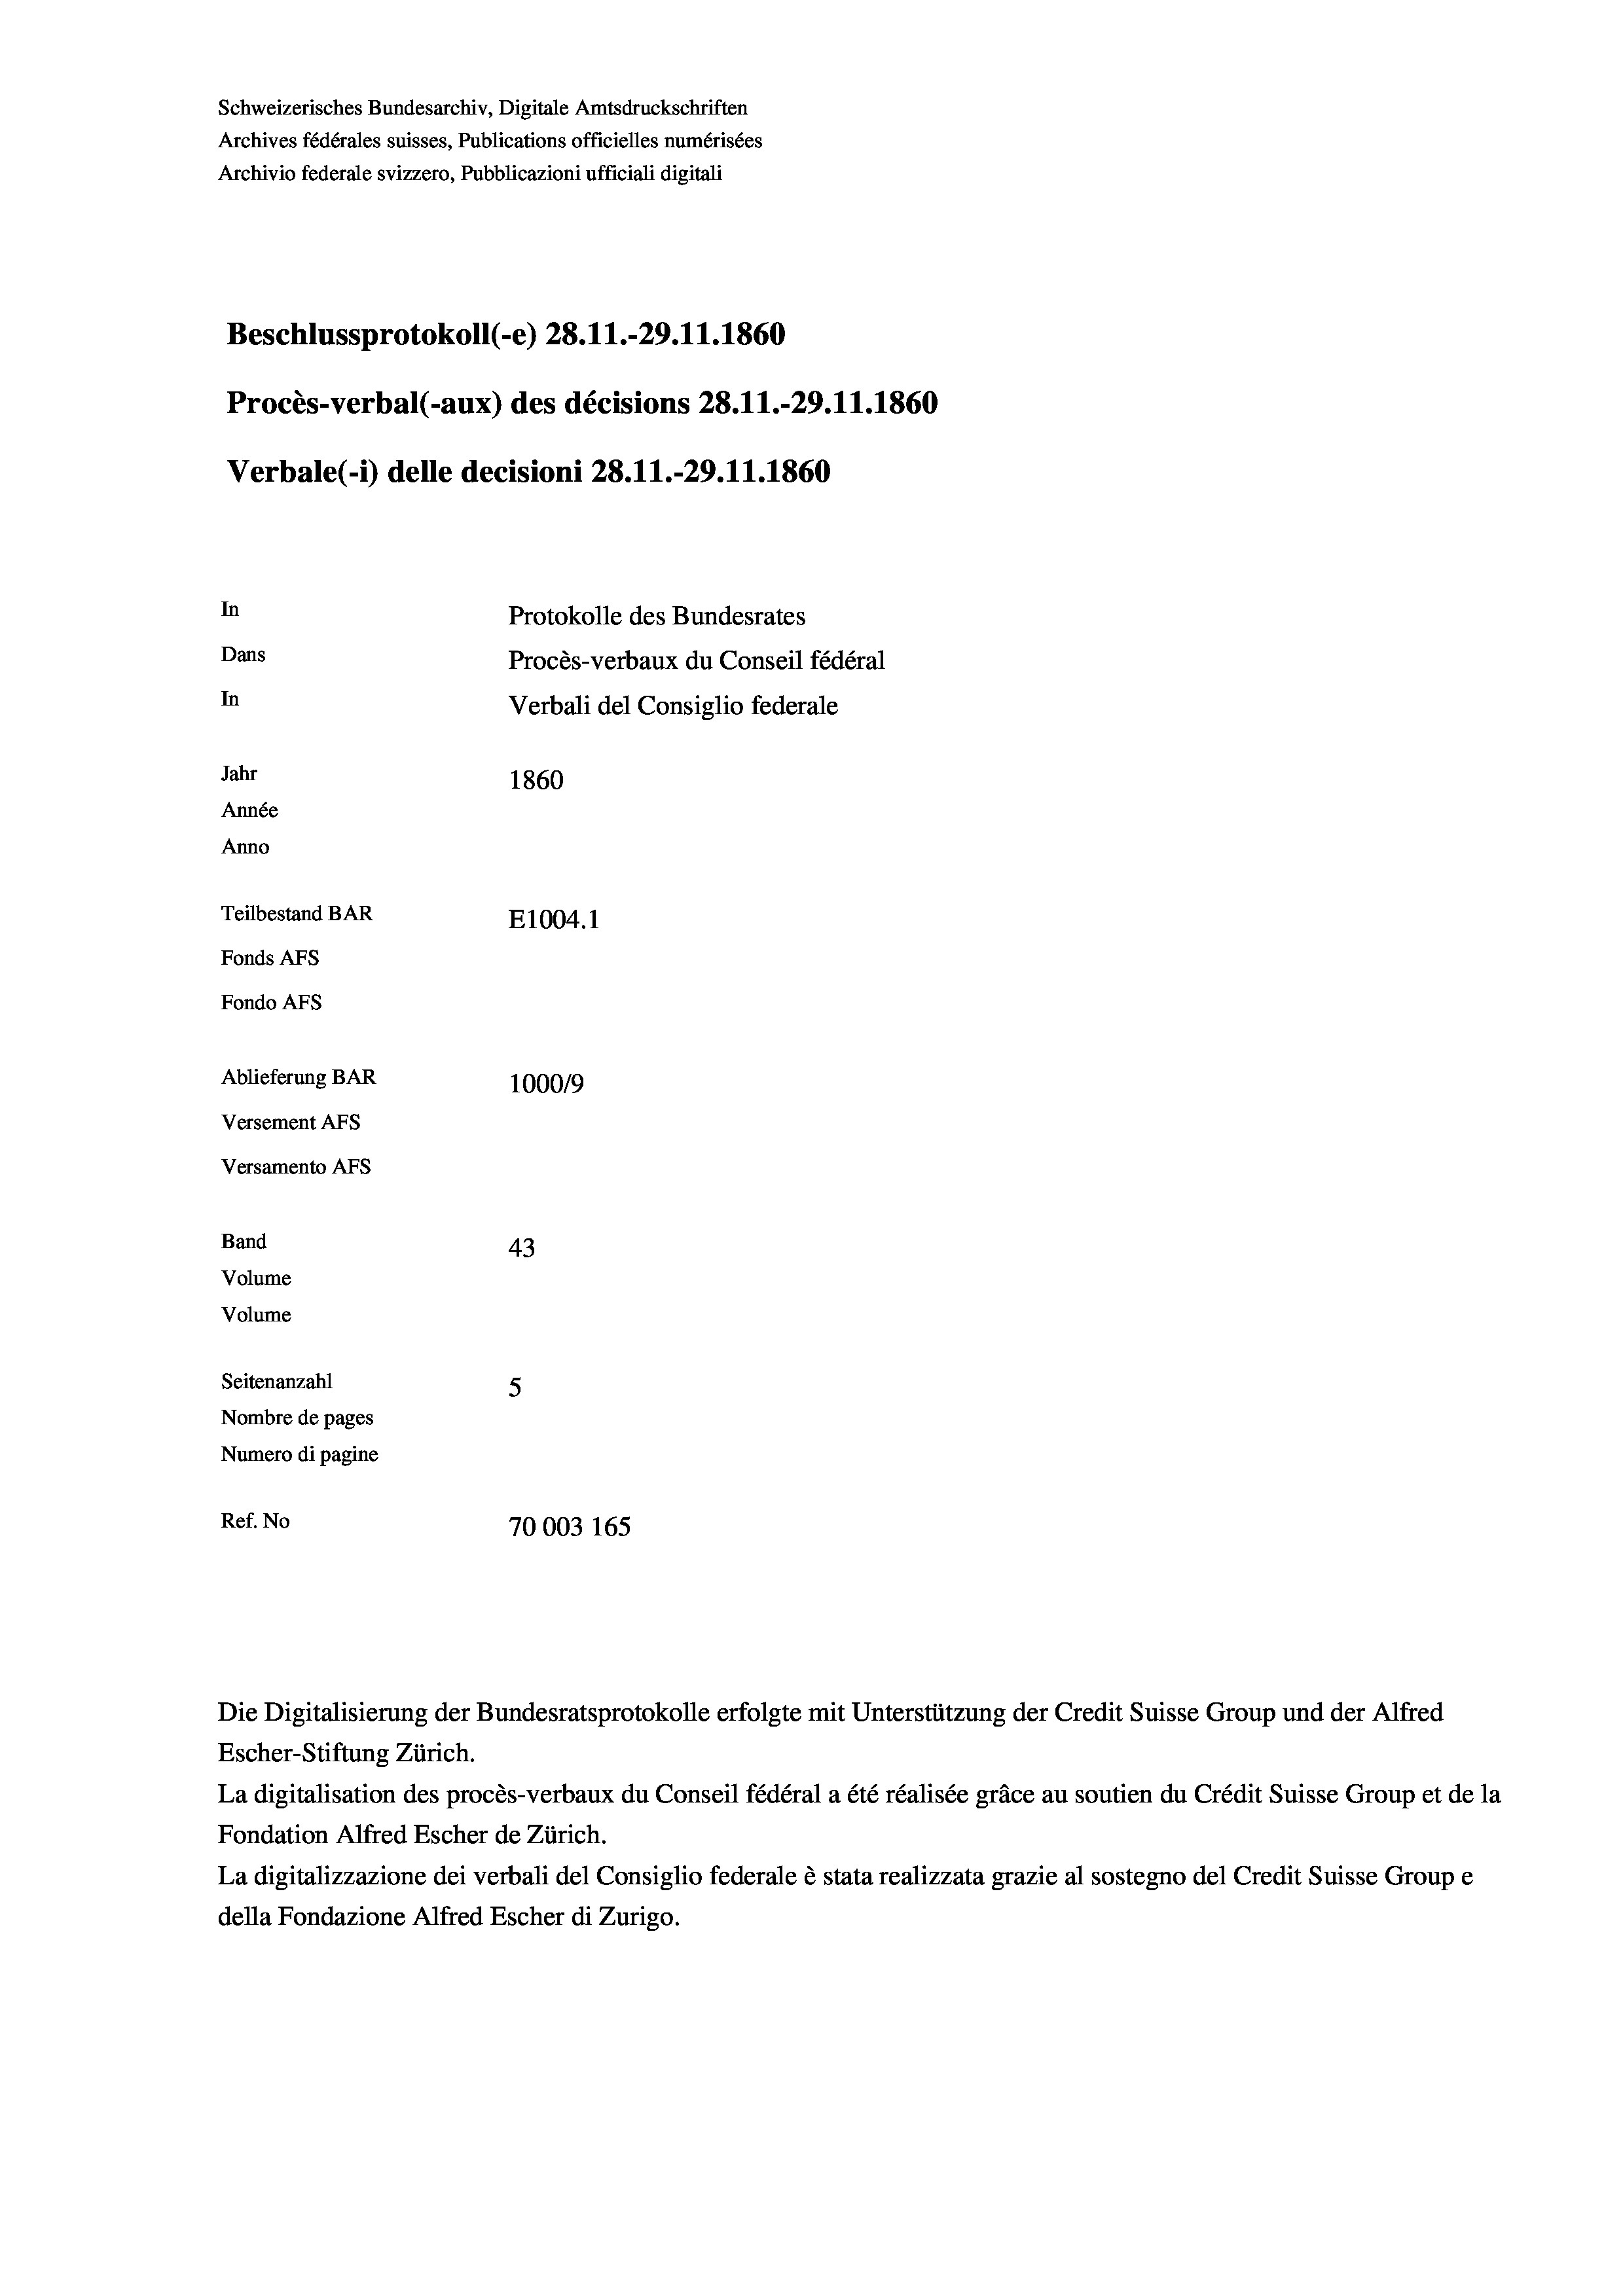
Schweizerisches Bundesarchiv, Digitale Amtsdruckschriften
Archives fédérales suisses, Publications officielles numérisées
Archivio federale svizzero, Pubblicazioni ufficiali digitali
Beschlussprotokoll (-e) 28. 11.-29.11.1860
Procès-verbal (-aux) des décisions 28.11.-29.11.1860
Verbale (1) delle decisioni 28. 11.-29.11.1860
In
Protokolle des Bundesrates
Dans
Procès-verbaux du Conseil fédéral
In
Verbali del Consiglio federale
Jahr
1860
Année
Anno
Teilbestand BAR
E1004.1
Fonds Afs
Fondo AFS
Ablieferung BAR
100019
Versement Ans
Versamento Afs
Band
43
Volume
Volume
Seitenanzahl
5
Nombre de pages
Numero di pagine
Ref. No
70003 165

La digitalisation des procès-verbaux du Conseil fédéral a été réalisée gräce au soutien du Crédit Suisse Group et de la
Fondation Alfred Escher de Zürich.
La digitalizzazione dei verbali del Consiglio federale è stata realizzata grazie al sostegno del Credit Suisse Groupe
della Fondazione Alfred Escher di Zurigo.

Die Digitalisierung der Bundesratsprotokolle erfolgte mit Unterstützung der Credit Suisse Group und der Alfred
Escher-Stiftung Zürich.